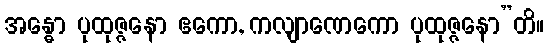
အန္ဓော ပုထုဇ္ဇနော ဧကော, ကလျာဏေကော ပုထုဇ္ဇနော”တိ။